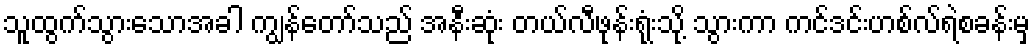
သူထွက်သွားသောအခါ ကျွန်တော်သည် အနီးဆုံး တယ်လီဖုန်းရုံးသို့ သွားကာ ကင်ဒင်းဟစ်လ်ရဲစခန်းမှ